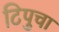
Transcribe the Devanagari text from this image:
टिपुचा